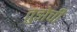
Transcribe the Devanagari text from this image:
तुझेची